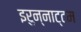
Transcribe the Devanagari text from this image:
इरुन्नाट्टम